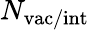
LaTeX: N_{\mathrm{{vac/int}}}